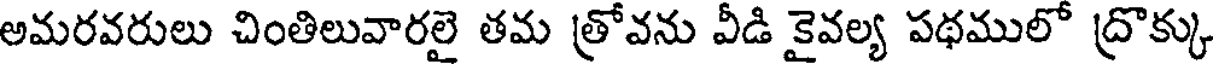
అమరవరులు చింతిలువారలై తమ త్రోవను వీడి కైవల్య పథములో ద్రొక్కు